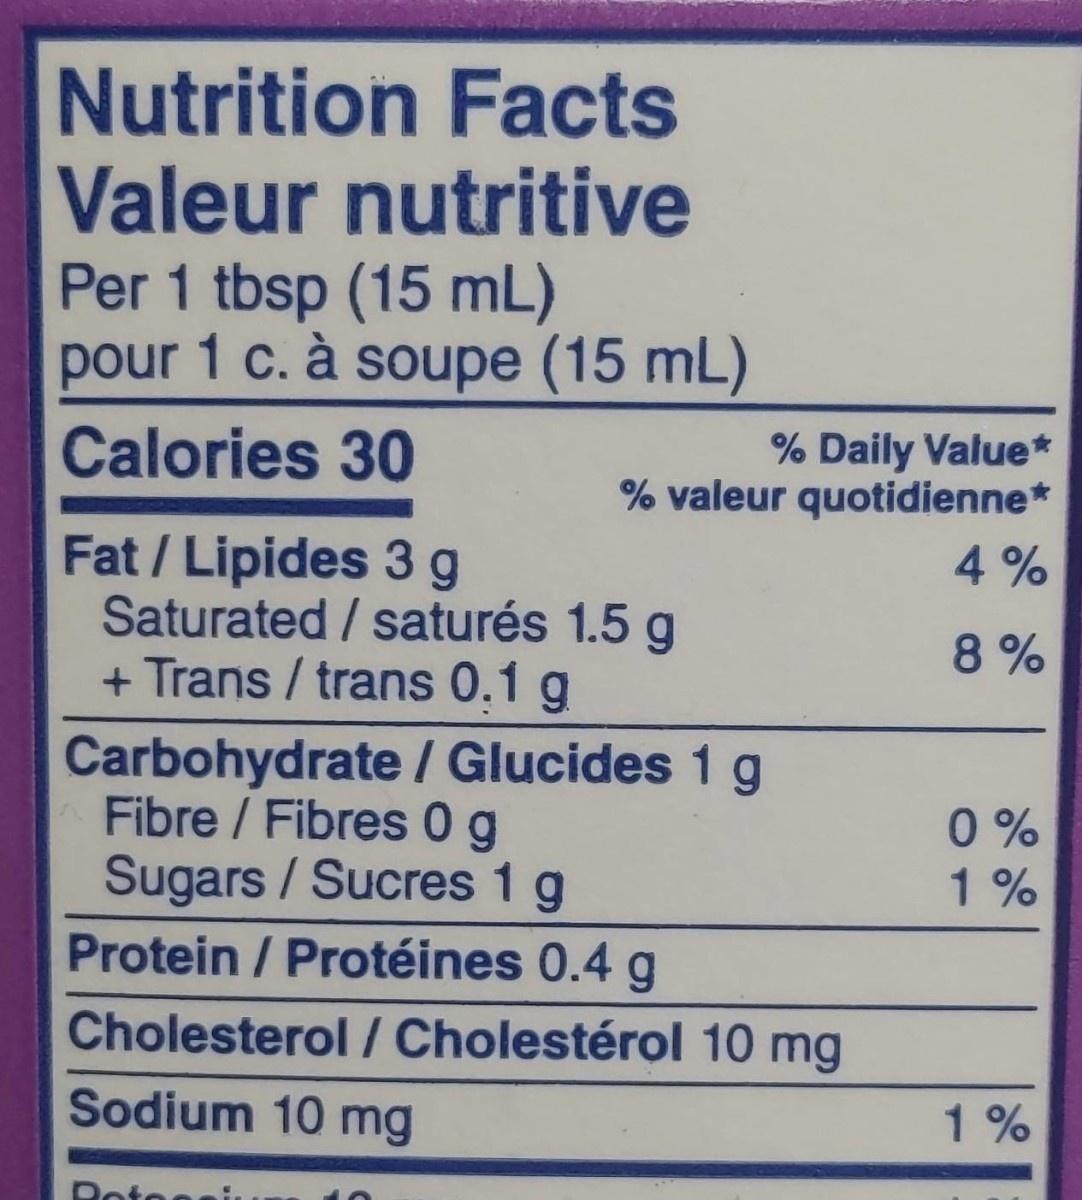
Nutrition Facts Valeur nutritive Per 1 tbsp (15 mL) pour 1 c. à soupe (15 mL)
Calories 30
% Daily Value* % valeur quotidienne*
Fat/Lipides 3g Saturated/saturés 1.5 g + Trans / trans 0.1 g
Carbohydrate / Glucides 1 g
Fibre / Fibres 0 g Sugars / Sucres 1 g
Protein / Protéines 0.4 g Cholesterol/Cholestérol 10 mg
Sodium 10 mg
Ro
4%
8%
0%
1%
1%